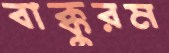
বাক্কুরম